Vaccination in Bombay 1913-1923 - 1913-1923
Year: 1913
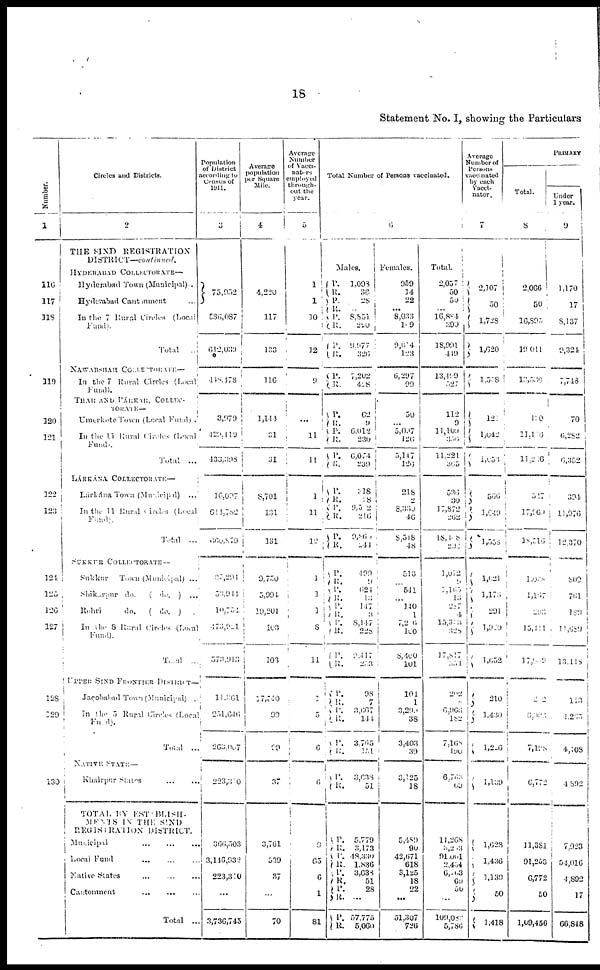
18
Statement No. I, showing the Particulars
Number.
1
110
117
118
119
120
121
122
123
124
125
126
127
128
129
130
Circles and Districts.
2
THE SIND
REGISTRATION
DISTRICT—continued.
HYDERABAD COLLECTORATE—
Hyderabad Town (Municipal)...
Hyderabad Cantmmnent ...
In the 7 Rural Circles (Local
Fund).
Total
...
NAWABSHAH COLLECTORATE.—
In the 7 Rural Circles (Local
Fund).
THAR AND PÁRKAR, COLLEC¬
TORATE—
Umerkote Town (Local Fund).
In the 11 Rural Circles (Local
Fund).
Total
...
LÁRKÁNA COLLECTORATE—
Lárkána Town (Municipal)
...
In the 11 Rural Circles (Local
Fund).
Total
...
SUKKUR COLLECTORATE —
Sukkur
Town (Municipal) ...
Shikarpur do.
( do. )
...
Rohri
do.
( do. ) ...
In the 8 Rural Circles (Local
Fund).
Total
...
UPPER SIND FRONTIER DISTRICT—
Jacobabad Town (Municipal) ..
In the 5 Rural Circles (Local
Fund).
Total
...
NATIVE STATE—
Khairpur
States ... ...
TOTAL BY ESTEBLISH¬
MENTS IN THE SIND
REGISIRATION DISTRICT.
Municipal
...
...
...
Local Fund
... ... ...
Native States ... ... ...
Cantonment
...
... ...
Total
...
Population
of District
according to
Census of
1911.
3
73,952
536,087
612,039
448,178
3,979
429,419
433,398
16,027
614,782
660,879
25,294
53,944
l0,754
473,921
573,913
11,361
251,646
263,067
223,310
366,503
3,146,932
223,310
...
3,736,745
Average
population
per Square
Mile.
4
4,220
117
133
116
1,144
31
3 1
8,701
131
131
9,750
5,994
l9,204
163
103
17,540
99
89
37
3,761
539
37
...
70
Average
of Number
of Vacci-
naters
employed
through¬
out the
year.
5
1
1
10
12
9
...
11
11
1
11
12
1
1
1
8
11
1
5
6
6
9
65
6
1
81
Total Number of Persona vaccinated.
6
Males.
P.
R.
P.
R.
P.
R.
P.
R.
P.
R.
1,093
36
28
...
8,851
250
9,977
326
7,202
428
P.
R.
P.
R.
P.
R.
62
9
6,012
230
6,074
239
P.
R.
P.
R.
P.
R.
P.
R.
P.
R.
P.
P.
P.
R.
P.
R.
218
28
9,512
216
9,860
244
499
9
624
13
147
3
8,147
228
9,417
223
P.
R.
P.
R.
P.
R.
98
7
3,667
144
3,765
151
P.
R.
3,633
51
P.
R.
P.
R.
P.
R.
P.
R.
P.
R.
5,779
3,173
48,330
1,836
3,638
51
28
...
57,775
5,060
Females.
959
14
22
...
8,033
109
9,014
123
6,297
99
50
...
5,007
426
5,147
126
218
2
8,330
46
8,518
48
513
...
541
...
140
1
7,206
100
8,400
101
104
1
3,299
38
3,403
39
3,125
18
5,489
90
42,671
618
3,125
18
22
...
51,307
726
Total.
2,057
50
50
...
16,884
399
18,991
419
13, 499
527
112
9
11,109
336
11,221
365
536
30
17,872
262
18, 408
292
1,012
9
1,105
13
237
4
15,323
328
17,817
554
202
8
6,966
182
7,168
190
6,763
69
11,268
3,203
91,001
2,454
6,103
69
50
...
109,083
5,786
Average
Number of
Persons
Vaccinated
by each
Vacci¬
nator.
7
2,107
50
1,728
1,620
1,528
121
1,642
1,053
566
1,649
18,558
1,621
1,178
291
1, 910
1,652
210
1,439
1,226
1,139
1,628
1,436
1,139
50
1,418
PRIMARY
Total.
8
2,066
50
16,895
19,011
l,2530
110
11,116
11,236
547
17,960
18,515
1,028
1,167
233
15,421
17, 919
212
6,093
7,198
6,772
11,381
91,253
6,772
50
1,09,456
Under
1 year.
9
1,170
17
8,137
9,324
7,713
70
6,282
6,352
394
11,976
12,370
809
761
189
11,689
13,113
143
4,265
4,108
4,892
7,923
54,016
4,892
17
66,848